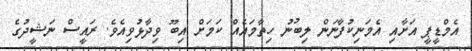
އެމްޑީޕީ އަށާއި އެމަނިކުފާނަން ލިބުނު ހިތާމައެއް ކަމަށް އިބޫ ވިދާޅުވިއެވެ. ރައީސް ނަޝީދުގެ